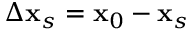
\Delta { \bf x } _ { s } = { \bf x } _ { 0 } - { \bf x } _ { s }